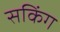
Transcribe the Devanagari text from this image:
सकिंग